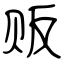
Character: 贩